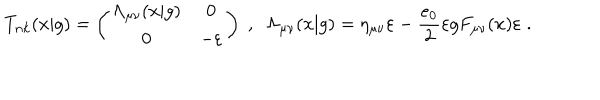
T _ { n k } ( x | g ) = \left( \begin{array} { c c } { { \Lambda _ { \mu \nu } ( x | g ) } } & { { 0 } } \\ { { 0 } } & { { - \varepsilon } } \\ \end{array} \right) \; , \; \; \Lambda _ { \mu \nu } ( x | g ) = \eta _ { \mu \nu } \varepsilon - \frac { e _ { 0 } } { 2 } \varepsilon g F _ { \mu \nu } ( x ) \varepsilon \; .